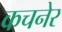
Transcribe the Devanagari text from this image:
कचनेर